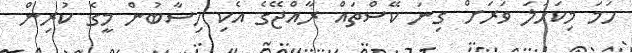
ހަމަ މިކަހަލަ ވަރަށް ގިނަ ކޭސްތައް ރާއްޖޭގެ އެކި ހިސާބުން މީގެ ކުރިން